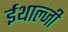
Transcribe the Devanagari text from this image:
ईथाल्जी